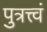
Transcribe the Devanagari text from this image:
पुत्रत्त्वं